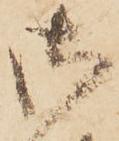
御